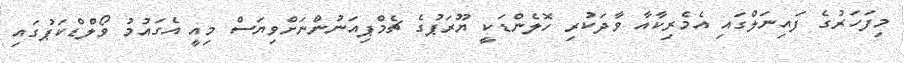
މިފަހަރުގެ ފައިނަލްގައި އެމެރިކާއާ ވާދަކުރި ހޮލެންޑަކީ ޔޫރަޕުގެ ޗެމްޕިއަނުންނަށްވިޔަސް މިއީ އެގައުމު ވޯލްޑްކަޕުގައި